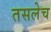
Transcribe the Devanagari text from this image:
तसलेच